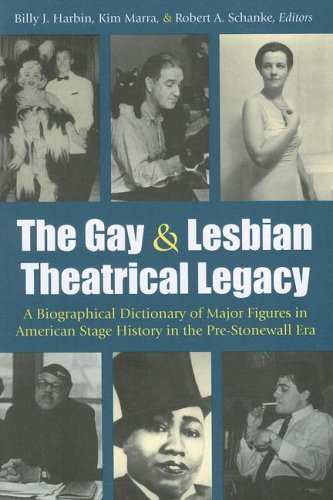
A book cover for The Gay and Lesbian Theatrical Legacy: A Biographical Dictionary of Major Figures in American Stage History in the Pre-Stonewall Era (Triangulations: Lesbian/Gay/Queer Theater/Drama/Performance); Literature & Fiction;